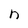
Character: n